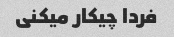
فردا چیکار میکنی